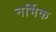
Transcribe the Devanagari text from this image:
नर्भिक